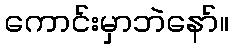
ကောင်းမှာဘဲနော်။